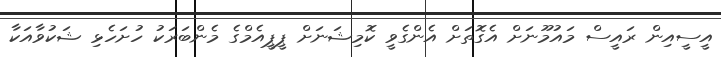
އީސީއިން ރައީސް މައުމޫނަށް އެގޮތަށް އެންގެވީ ކޮމިޝަނަށް ޕީޕީއެމްގެ މެންބަރަކު ހުށަހެޅި ޝަކުވާއަކާ